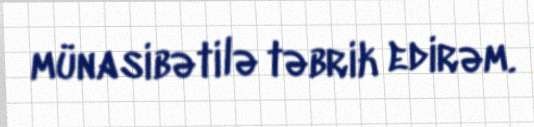
münasibətilə təbrik edirəm.